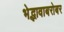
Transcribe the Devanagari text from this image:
भेद्भावाबरोबर